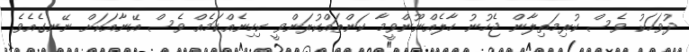
ދުވަހަކު ވެސް ކުރިމަތިލާން ޖެހުނު ހާލެއްނޫންވީމާ ކަންތައްކުރަންވީ ކިހިނެއްކަމެއް ވެސް އޭނާއަކަށް ނޭނގެއެވެ.